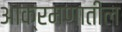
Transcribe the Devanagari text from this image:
आक्रमणातील